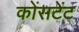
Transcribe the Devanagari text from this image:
कोंसटेंट